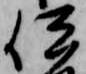
伊